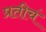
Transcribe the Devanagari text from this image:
प्रतीचं